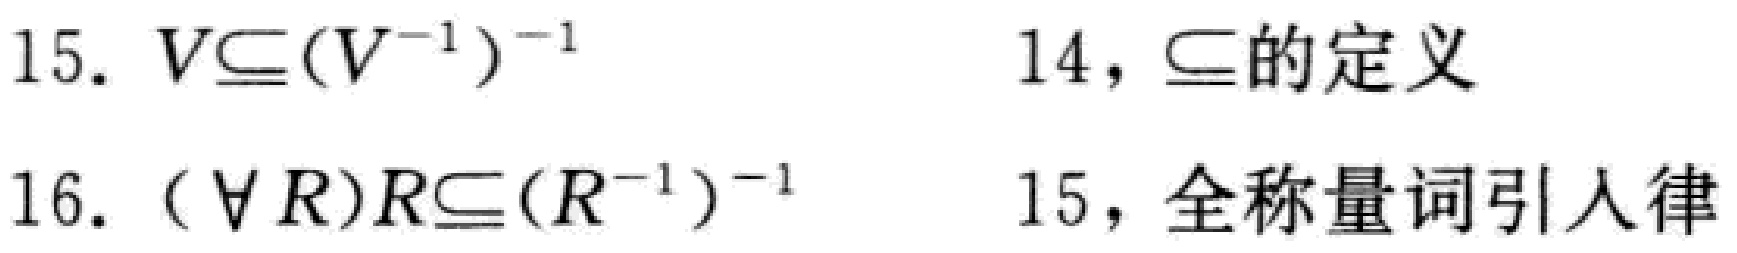
15. \(V\subseteq(V^{-1})^{-1}\)  14，\(\subseteq\)的定义

16. \((\forall R)R\subseteq(R^{-1})^{-1}\)  15，全称量词引入律